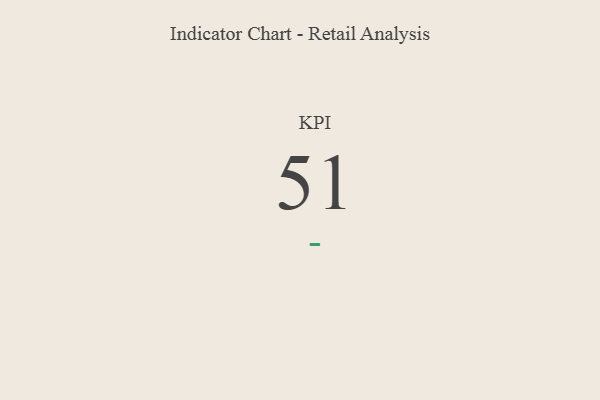
{"axis": {"x": "KPI", "y": "Value"}, "legend": [""], "data": [{"x": "KPI", "y": 51, "type": ""}]}